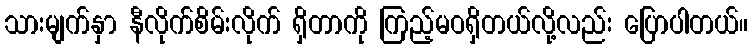
သားမျက်နှာ နီလိုက်စိမ်းလိုက် ရှိတာကို ကြည့်မဝရှိတယ်လို့လည်း ပြောပါတယ်။